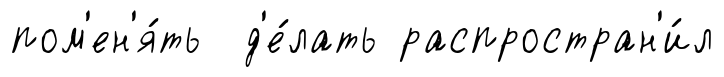
пом'ен'я́ть д'е́лать распростран'и́л